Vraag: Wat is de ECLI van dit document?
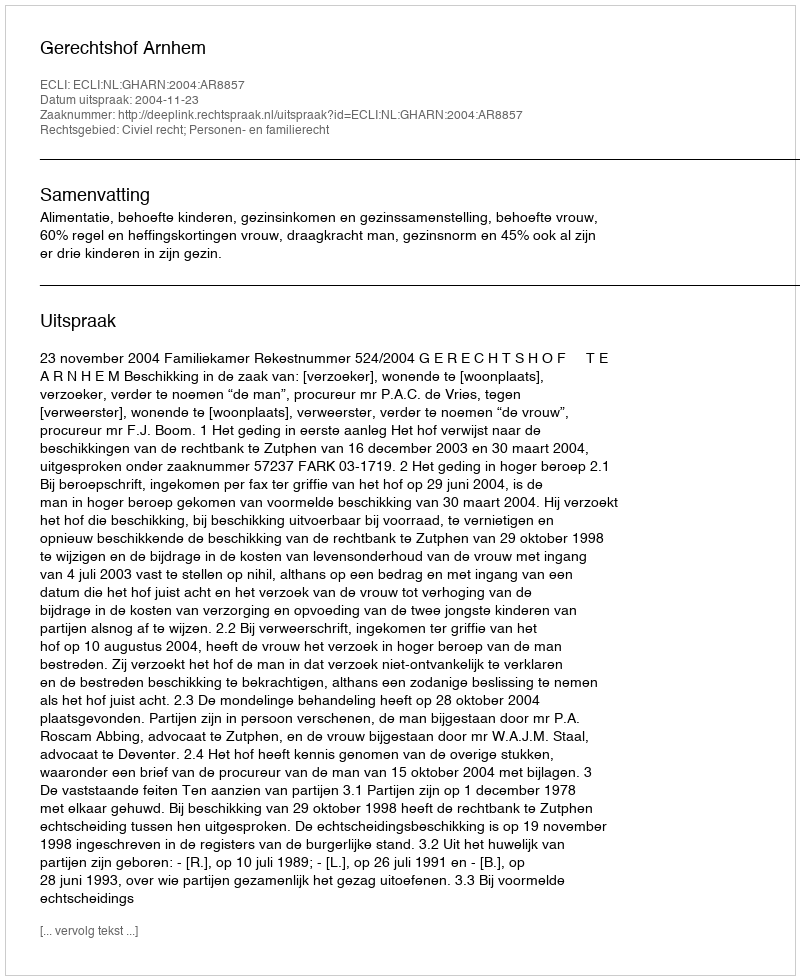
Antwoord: ECLI:NL:GHARN:2004:AR8857